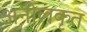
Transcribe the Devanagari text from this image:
अनीलकृत